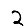
Digit: 2